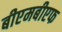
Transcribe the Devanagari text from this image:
बीएमबीएफ